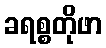
ခရစ္စတိုဖာ